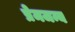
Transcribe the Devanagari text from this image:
प्रेमजन्य